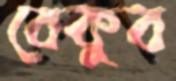
বেকুব